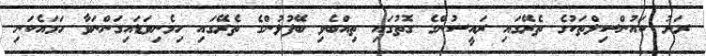
ރަށު ކައުންސިލްތަކުގެ ތެރޭގައި ރައީސުންގެ ގޮތުގައި ތިއްބެވި ބޭފުޅުންގެ ތެރޭގައި ހިމެނިވަޑައިގަންނަވާ ހަމައެކަނި